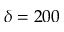
\delta = 2 0 0